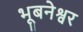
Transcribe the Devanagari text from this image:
भूबनेश्वर